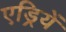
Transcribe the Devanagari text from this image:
एड्रियें